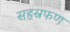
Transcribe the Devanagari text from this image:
सहस्रफण